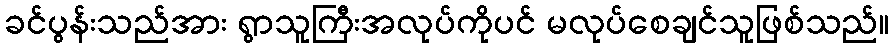
ခင်ပွန်းသည်အား ရွာသူကြီးအလုပ်ကိုပင် မလုပ်စေချင်သူဖြစ်သည်။